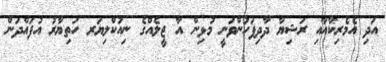
އަދި އެމެރިކާއާއި ރަޝިޔާ ދާދިފަހުންވަނީ މުޅިން އާ ޖީލެއްގެ ނިއުކްލިޔަރ ހަތިޔާރު އުފައްދަން